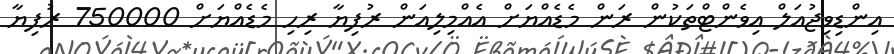
އިންޑިވިޖުއަލް އިވެންޓްތަކުން ރަން މެޑެއްޔަށް އެއްމިލިއަން ރުފިޔާ ރިހި މެޑެއްޔަށް 750000 ރުފިޔާ